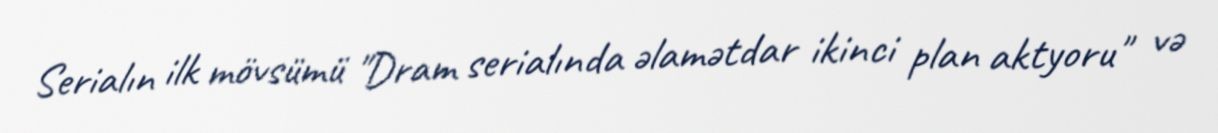
Serialın ilk mövsümü "Dram serialında əlamətdar ikinci plan aktyoru" və